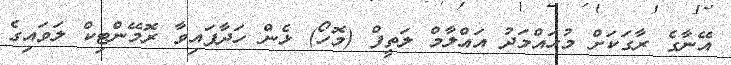
އޭނާގެ ރާގަކަށް މުހައްމަދު އައްލާމް ލަތީފް (މޮހޯ) ޅެން ހަދާފައިވާ ރޮމޭންޓިކް ލަވައިގެ